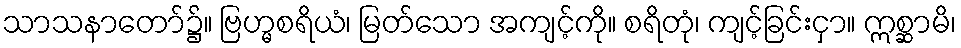
သာသနာတော်၌။ ဗြဟ္မစရိယံ၊ မြတ်သော အကျင့်ကို။ စရိတုံ၊ ကျင့်ခြင်းငှာ။ ဣစ္ဆာမိ၊